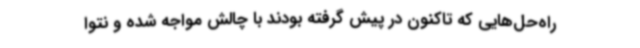
راه‌حل‌هایی که تاکنون در پیش گرفته بودند با چالش مواجه شده و نتوا